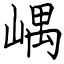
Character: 嵎